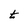
Character: t